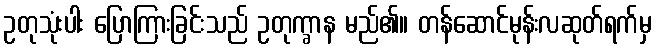
ဥတုသုံးပါး ပြောကြားခြင်းသည် ဥတုက္ခာန မည်၏။ တန်ဆောင်မုန်းလဆုတ်ရက်မှ